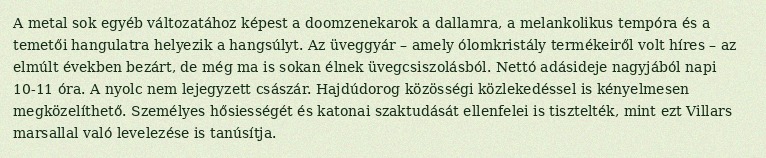
A metal sok egyéb változatához képest a doomzenekarok a dallamra, a melankolikus tempóra és a temetői hangulatra helyezik a hangsúlyt. Az üveggyár – amely ólomkristály termékeiről volt híres – az elmúlt években bezárt, de még ma is sokan élnek üvegcsiszolásból. Nettó adásideje nagyjából napi 10-11 óra. A nyolc nem lejegyzett császár. Hajdúdorog közösségi közlekedéssel is kényelmesen megközelíthető. Személyes hősiességét és katonai szaktudását ellenfelei is tisztelték, mint ezt Villars marsallal való levelezése is tanúsítja.